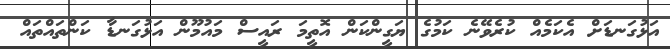
އަޅުގަނޑަށް އެކަމެއް ކުރެވޭނެ ކަމުގެ ޔަގީންކަން އޮތީމަ ރައީސް މައުމޫން އަޅުގަނޑާ ކަންތައްތައް